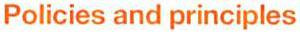
Policies and principles